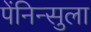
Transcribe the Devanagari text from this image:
पेंनिन्सुला